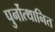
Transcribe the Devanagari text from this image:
पुर्नोत्थानित